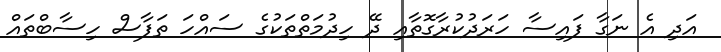
އަދި އެ ނަގާ ފައިސާ ހަރަދުކުރާގޮތާއި ދޭ ހިދުމަތްތަކުގެ ސައްހަ ތަފާސް ހިސާބްތައް